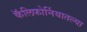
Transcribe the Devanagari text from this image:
कॅलिफोर्नियातल्या